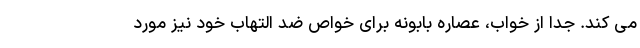
می کند. جدا از خواب، عصاره بابونه برای خواص ضد التهاب خود نیز مورد